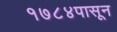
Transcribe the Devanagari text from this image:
१७८४पासून